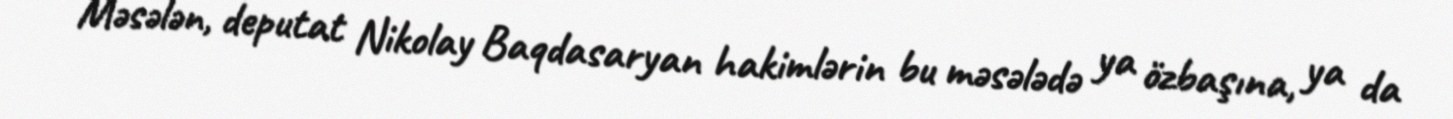
Məsələn, deputat Nikolay Baqdasaryan hakimlərin bu məsələdə ya özbaşına, ya da